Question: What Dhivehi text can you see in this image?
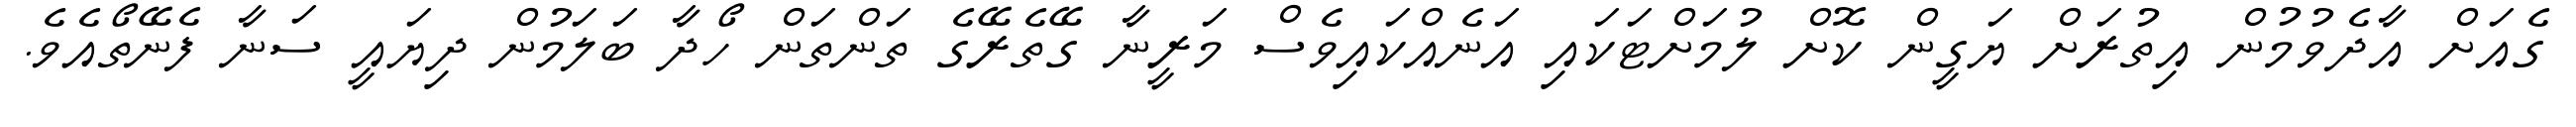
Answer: ގެއަށް އާދެވުމުން އިތުރަށް ޔަގީން ކޮށް ލުމަށްޓަކައި އަނެއްކައިވެސް މަރީނާ ގޭތެރޭގެ ތަންތަން ހޯދާ ބަލަމުން ދިޔައީ ސަނާ ފެނޭތޯއެވެ.